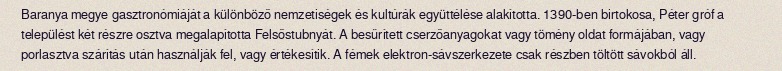
Baranya megye gasztronómiáját a különböző nemzetiségek és kultúrák együttélése alakította. 1390-ben birtokosa, Péter gróf a települést két részre osztva megalapította Felsőstubnyát. A besűrített cserzőanyagokat vagy tömény oldat formájában, vagy porlasztva szárítás után használják fel, vagy értékesítik. A fémek elektron-sávszerkezete csak részben töltött sávokból áll.